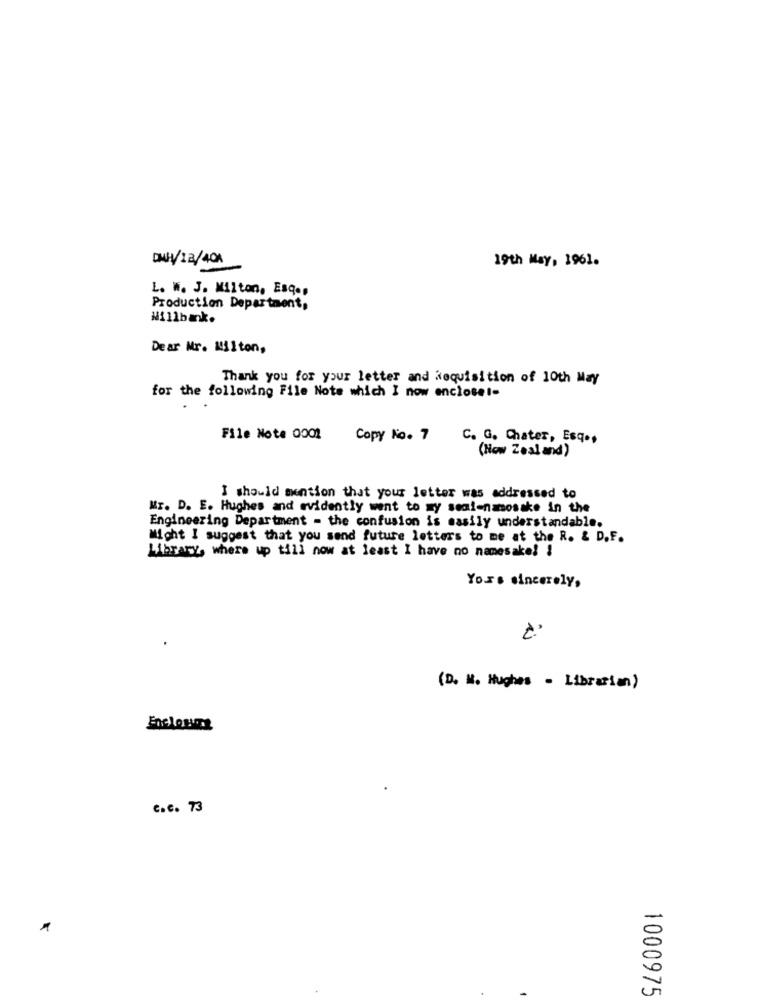
DINH/12/401
19th May, 1961.
L. W. J. Milton, Esq .,
Production Department,
Millbank.
Dear Mr. Milton,
Thank you for your letter and Requisition of 10th May
for the following File Note which I now encloset-
File Note 0001
Copy Ko. 7
C. G. Chater, Esq .,
(New Zealand)
I should mention that your letter was addressed to
Mr. D. E. Hughes and evidently went to my seal-namosake in the
Engineering Department - the confusion is easily understandable.
Might I suggest that you send future letters to me at the R. & D.F.
Library, where up till now at least I have no namesake! !
Yours sincerely,
(D. M. Hughes - Librarian)
Enclosure
C.c. 73
1000975